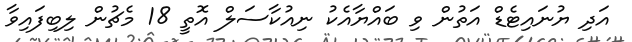
އަދި ޔުނައިޓެޑް އަތުން ވި ބައްޔާއެކު ނިއުކާސަލް އޮތީ 18 މެޗުން ލިބިފައިވާ